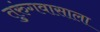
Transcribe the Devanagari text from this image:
तुरुंगवासाला